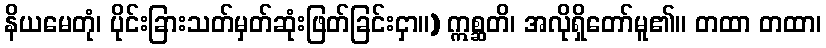
နိယမေတုံ၊ ပိုင်းခြားသတ်မှတ်ဆုံးဖြတ်ခြင်းငှာ။) ဣစ္ဆတိ၊ အလိုရှိတော်မူ၏။ တထာ တထာ၊